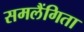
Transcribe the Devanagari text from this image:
समलैंगिता